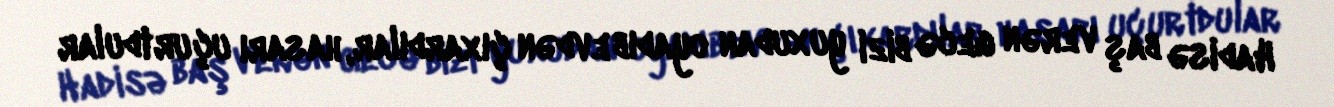
Hadisə baş verən gecə bizi yuxudan oyadıb evdən çıxardılar, hasarı uçurtdular